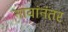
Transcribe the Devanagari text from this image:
नावांनंतर